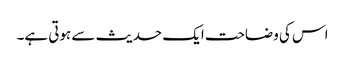
اس کی وضاحت ایک حدیث سے ہوتی ہے۔